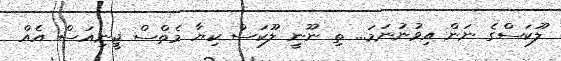
ލޫކަސްގެ ނަން އިވުނުނަމަ... ތި ނޫނީ ލޫކަސް ކިޔާ މެތްސް ޖީނިއަސް އެއް